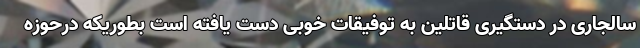
سالجاری در دستگیری قاتلین به توفیقات خوبی دست یافته است بطوریکه درحوزه